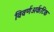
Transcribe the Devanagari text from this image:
विवर्णअर्कटिक